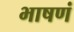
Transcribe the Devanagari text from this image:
भाषणं